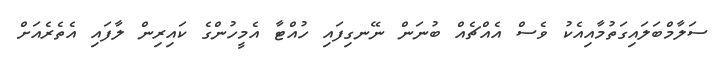
ސަލާމްބަލައިގަތުމާއިއެކު ވެސް އެއްޗެއް ބުނަން ނޭނގިފައި ހުއްޓާ އެމީހުންގެ ކައިރިން ލާފައި އެތެރެއަށް